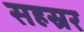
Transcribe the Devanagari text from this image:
सहस्रर